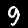
Digit: 9